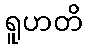
ရူဟတိ